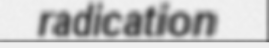
radication